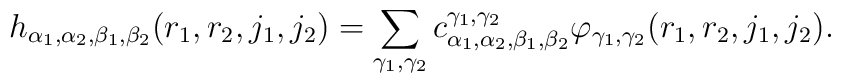
h_{\alpha_1, \alpha_2, \beta_1, \beta_2} (r_1,r_2,j_1,j_2) =\sum_{\gamma_1, \gamma_2} c_{\alpha_1, \alpha_2, \beta_1,\beta_2}^{\gamma_1, \gamma_2} \varphi_{\gamma_1, \gamma_2}(r_1,r_2,j_1,j_2).